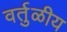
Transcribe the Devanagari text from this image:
वर्तुळीय